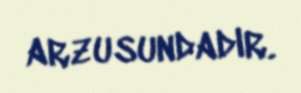
arzusundadır.